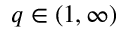
q \in ( 1 , \infty )